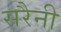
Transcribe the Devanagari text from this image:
सरैनी